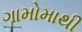
ગામોમાથી